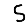
Digit: 5